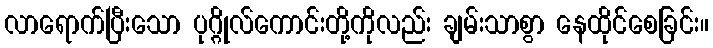
လာရောက်ပြီးသော ပုဂ္ဂိုလ်ကောင်းတို့ကိုလည်း ချမ်းသာစွာ နေထိုင်စေခြင်း။